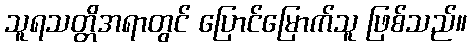
သူရသတ္တိအရာတွင် ပြောင်မြောက်သူ ဖြစ်သည်။